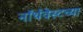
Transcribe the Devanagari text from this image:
नॉर्थवेस्टच्या